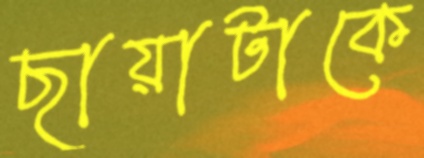
ছায়াটাকে